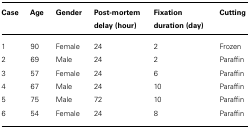
| Case | Age | Gender | Post-mortem delay (hour) | Fixation duration (day) | Cutting |
 | --- | --- | --- | --- | --- | --- |
 | 1 | 90 | Female | 24 | 2 | Frozen |
 | 2 | 69 | Male | 24 | 2 | Paraffin |
 | 3 | 57 | Female | 24 | 6 | Paraffin |
 | 4 | 67 | Male | 24 | 10 | Paraffin |
 | 5 | 75 | Male | 72 | 10 | Paraffin |
 | 6 | 54 | Female | 24 | 8 | Paraffin |